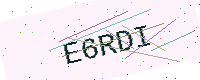
Text: E6RDI